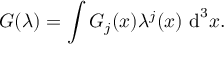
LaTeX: G ( \lambda ) = \int G _ { j } ( x ) \lambda ^ { j } ( x ) \, \operatorname { d } ^ { 3 } \! x .